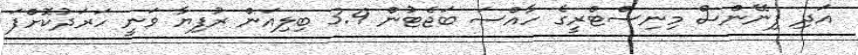
އަދި ފިނޭންސް މިނިސްޓްރީގެ ހާއްސަ ބަޖެޓުން 3.9 ބިލިއަން ރުފިޔާ ވަނީ ހަރަދުކޮށްފަ